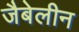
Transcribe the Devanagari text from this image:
जैबेलीन